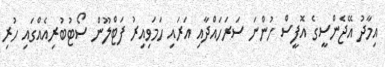
އިމާދު އޭޖެންސީގެ އޮފީސް ހުންނަ ސަރަހައްދާއި އަރައި ހަމަވިއިރު ފަޓްލޫން ސޯޓުބުރިއެއްގައި ހުރި